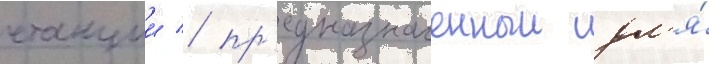
станции / пр'едназначенныи дл'я́